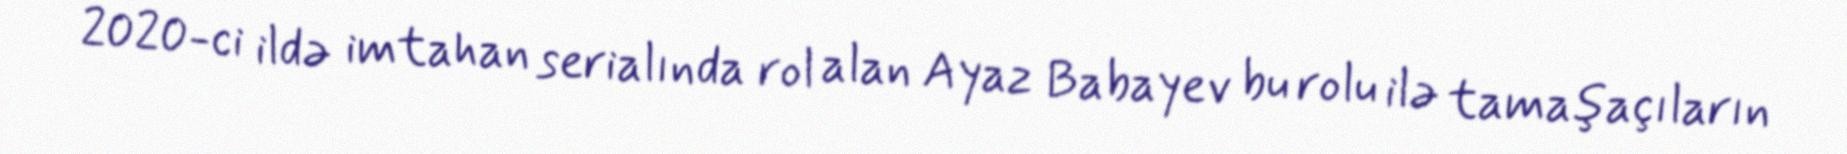
2020-ci ildə imtahan serialında rol alan Ayaz Babayev bu rolu ilə tamaşaçıların